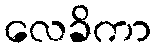
လေခိကာ